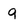
Character: 9